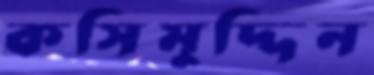
কসিমুদ্দিন